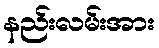
နည်းလမ်းအား